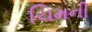
ચિમની